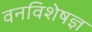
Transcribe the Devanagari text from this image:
वनविशेषज्ञ